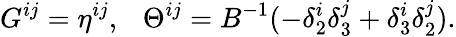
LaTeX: G^{ij}=\eta^{ij},\ \ \ \Theta^{ij}=B^{-1}(-\delta_{2}^{i}\delta_{3}^{j}+\delta_{3}^{i}\delta_{2}^{j}).